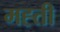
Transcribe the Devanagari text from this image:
मह्ती